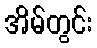
အိမ်တွင်း